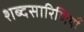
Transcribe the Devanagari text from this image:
शब्दसारिणियाँ